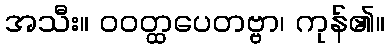
အသီး။ ဝဝတ္ထပေတဗ္ဗာ၊ ကုန်၏။